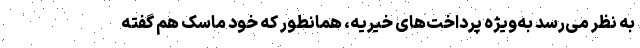
به نظر می‌رسد به‌ویژه پرداخت‌های خیریه، همانطور که خود ماسک هم گفته